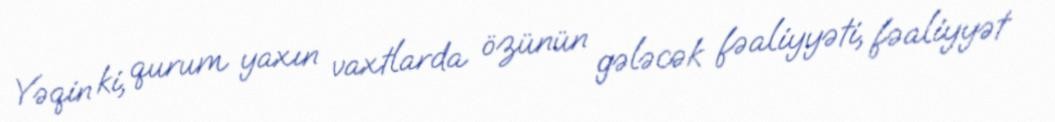
Yəqin ki, qurum yaxın vaxtlarda özünün gələcək fəaliyyəti, fəaliyyət